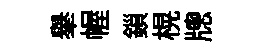
𦦙幄鎻榥牕